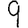
Digit: 9